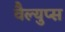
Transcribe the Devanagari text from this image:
वैल्युप्स